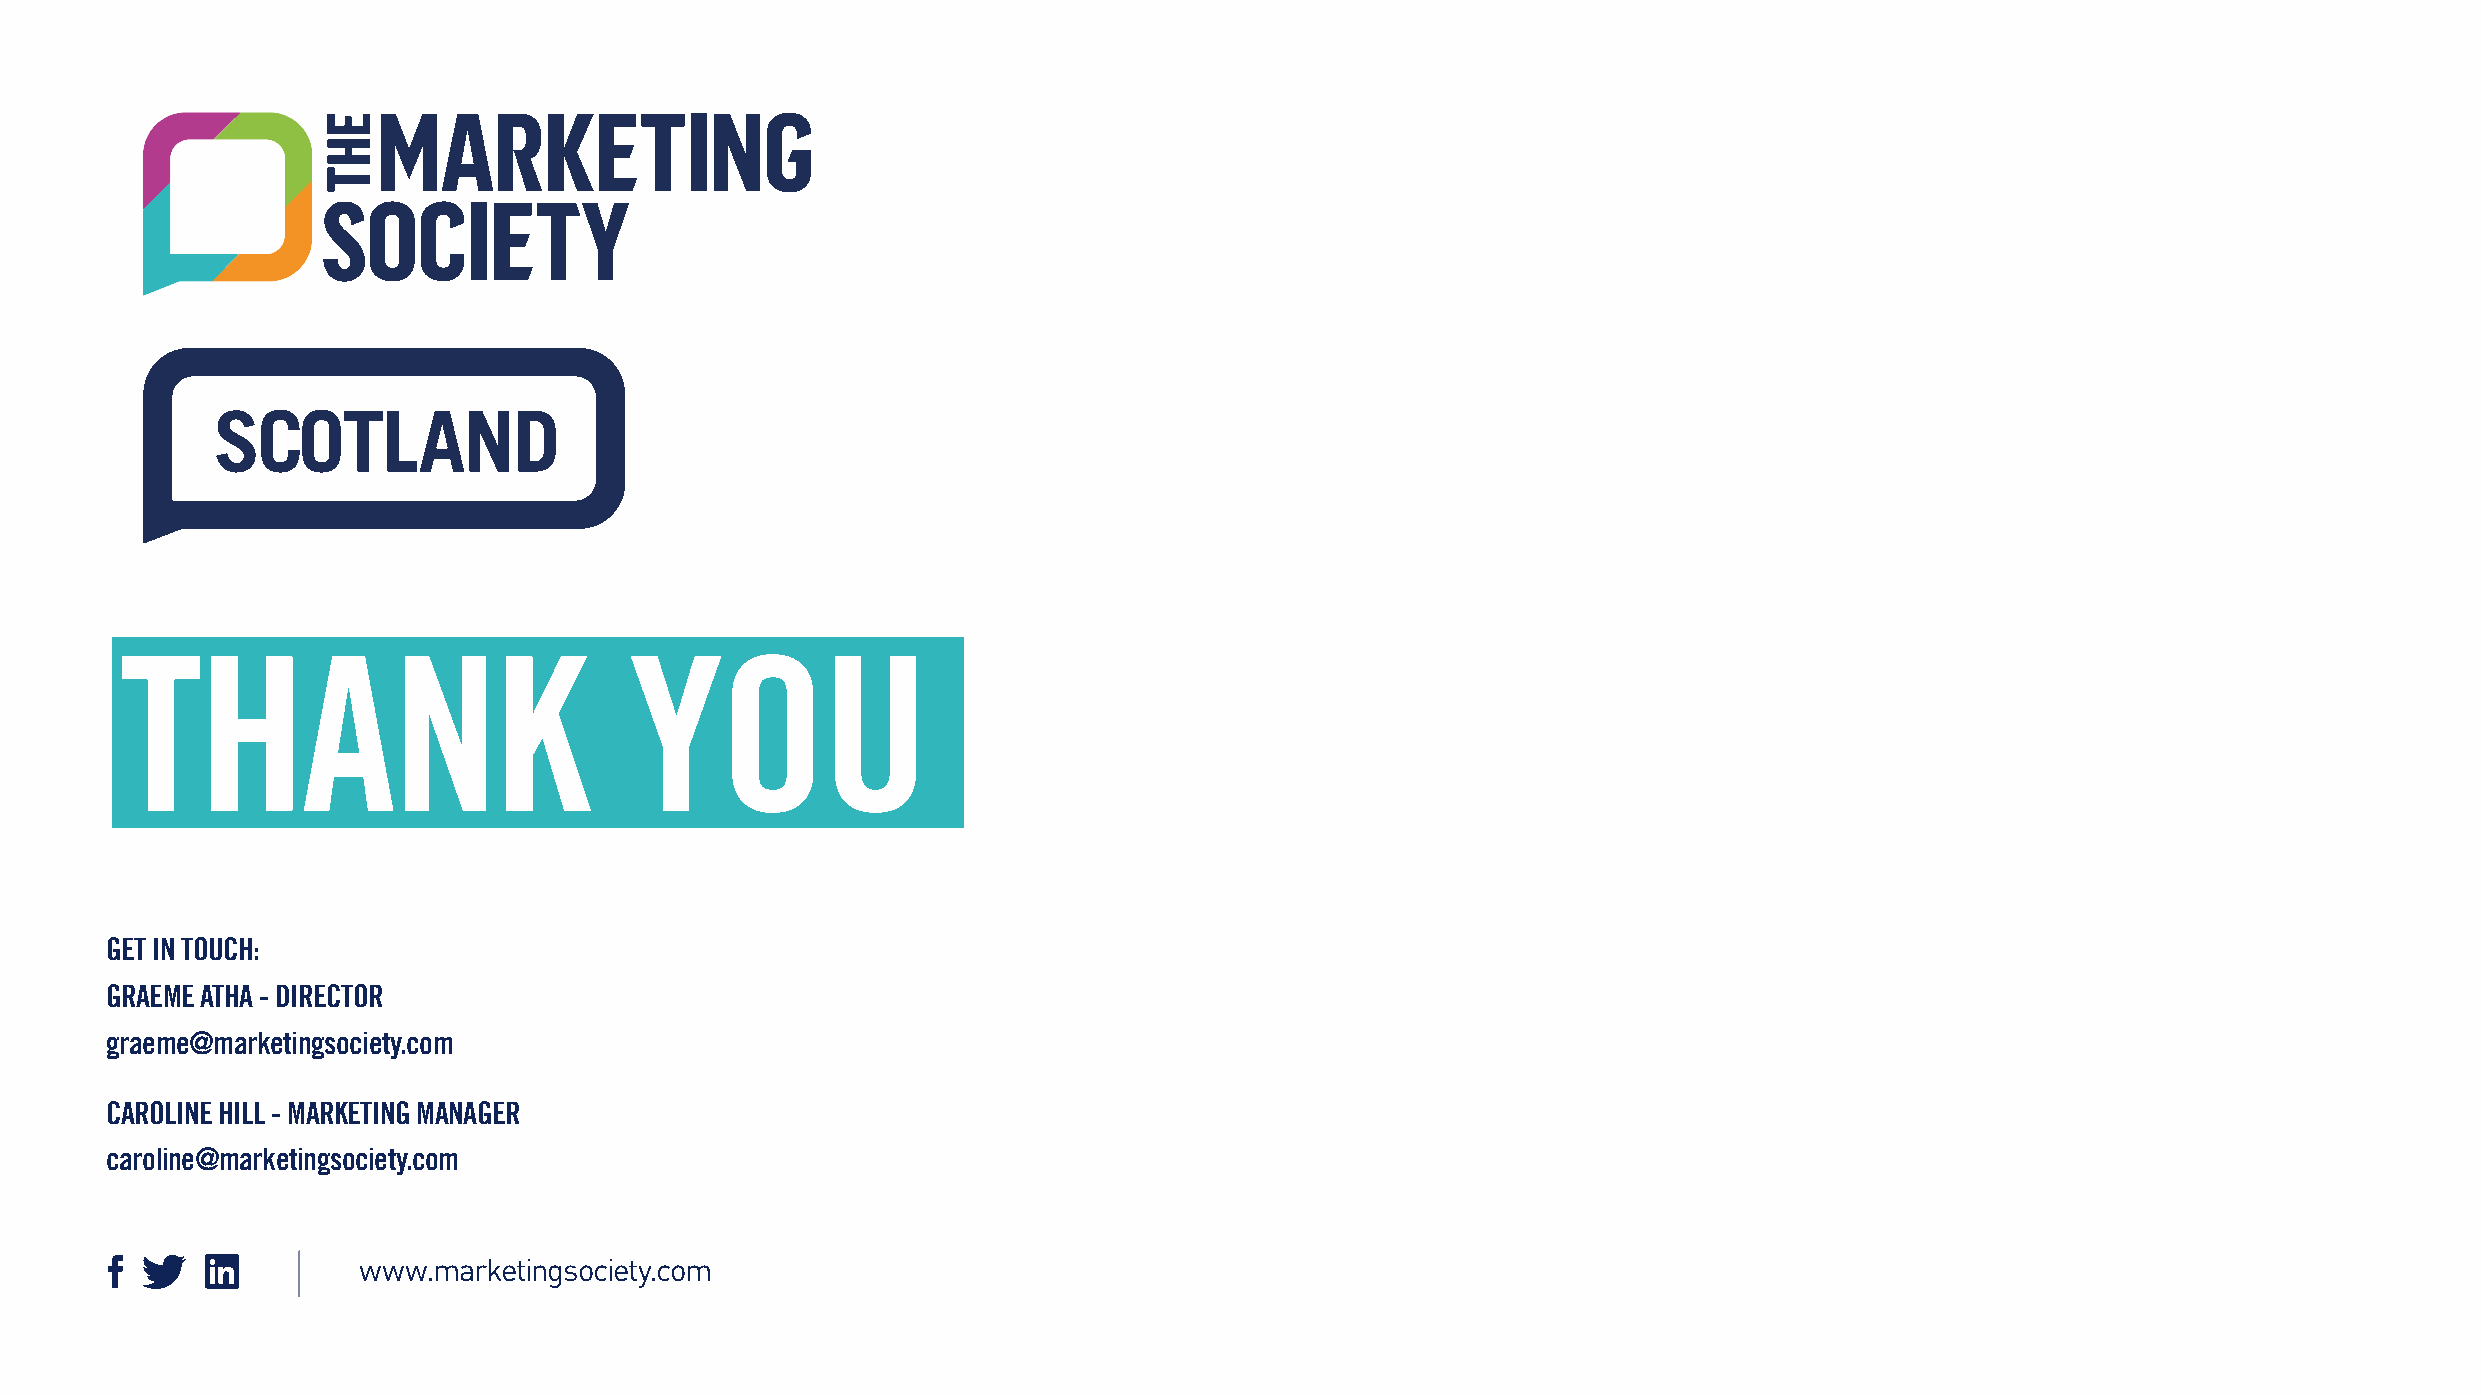
THANK                             YOU
 GET IN TOUCH:
 GRAEME ATHA - DIRECTOR
 graeme@marketingsociety.com
 CAROLINE HILL - MARKETING MANAGER
 caroline@marketingsociety.com
 www.marketingsociety.com